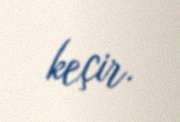
keçir.